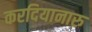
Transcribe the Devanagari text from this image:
करदियानारु